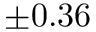
\pm 0 . 3 6